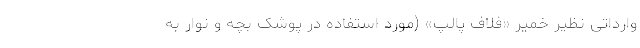
وارداتی نظیر خمیر «فلاف پالپ» (مورد استفاده در پوشک بچه و نوار به